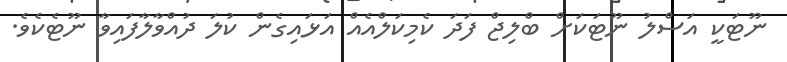
ނޫޓަކީ އަސްލު ނޫޓަކަށް ބްލިޖް ފަދަ ކެމިކަލްއެއް އަޅައިގެން ކުލަ ދުއްވާލާފައިވާ ނޫޓެކެވެ.